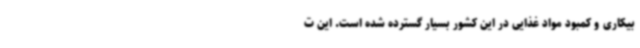
بیکاری و کمبود مواد غذایی در این کشور بسیار گسترده شده است. این ت